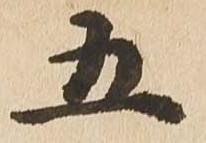
五